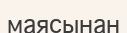
маясынан